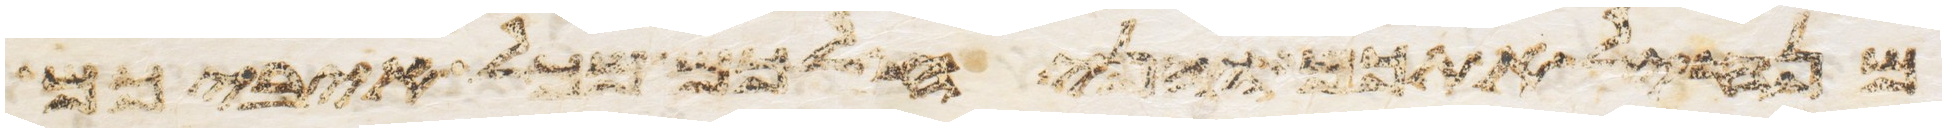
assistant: מנחיל אתכם והניח לכם מכל איביכם